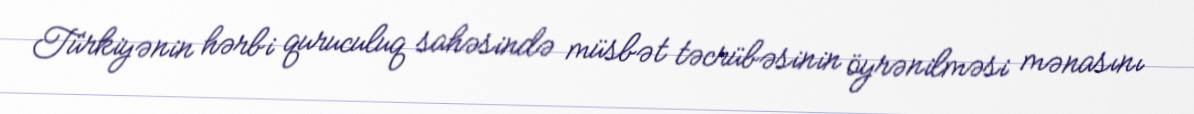
Türkiyənin hərbi quruculuq sahəsində müsbət təcrübəsinin öyrənilməsi mənasını